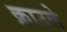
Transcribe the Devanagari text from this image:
क्राउले